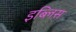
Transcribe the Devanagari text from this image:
इब्लिस